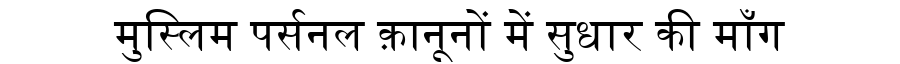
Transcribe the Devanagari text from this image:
मुस्लिम पर्सनल क़ानूनों में सुधार की माँग